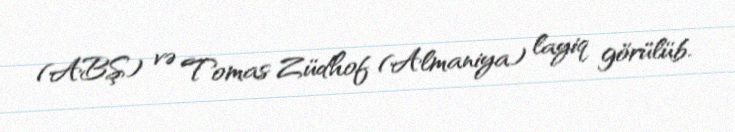
(ABŞ) və Tomas Züdhof (Almaniya) layiq görülüb.